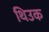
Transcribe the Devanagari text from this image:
थिउक